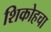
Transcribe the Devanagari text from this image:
शिकोहचा